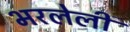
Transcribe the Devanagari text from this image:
भरलेलीं